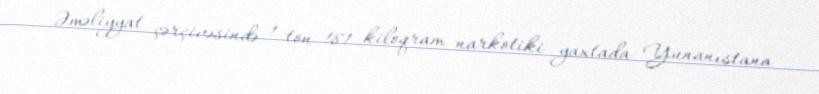
Əməliyyat çərçivəsində 1 ton 181 kiloqram narkotiki yaxtada Yunanıstana